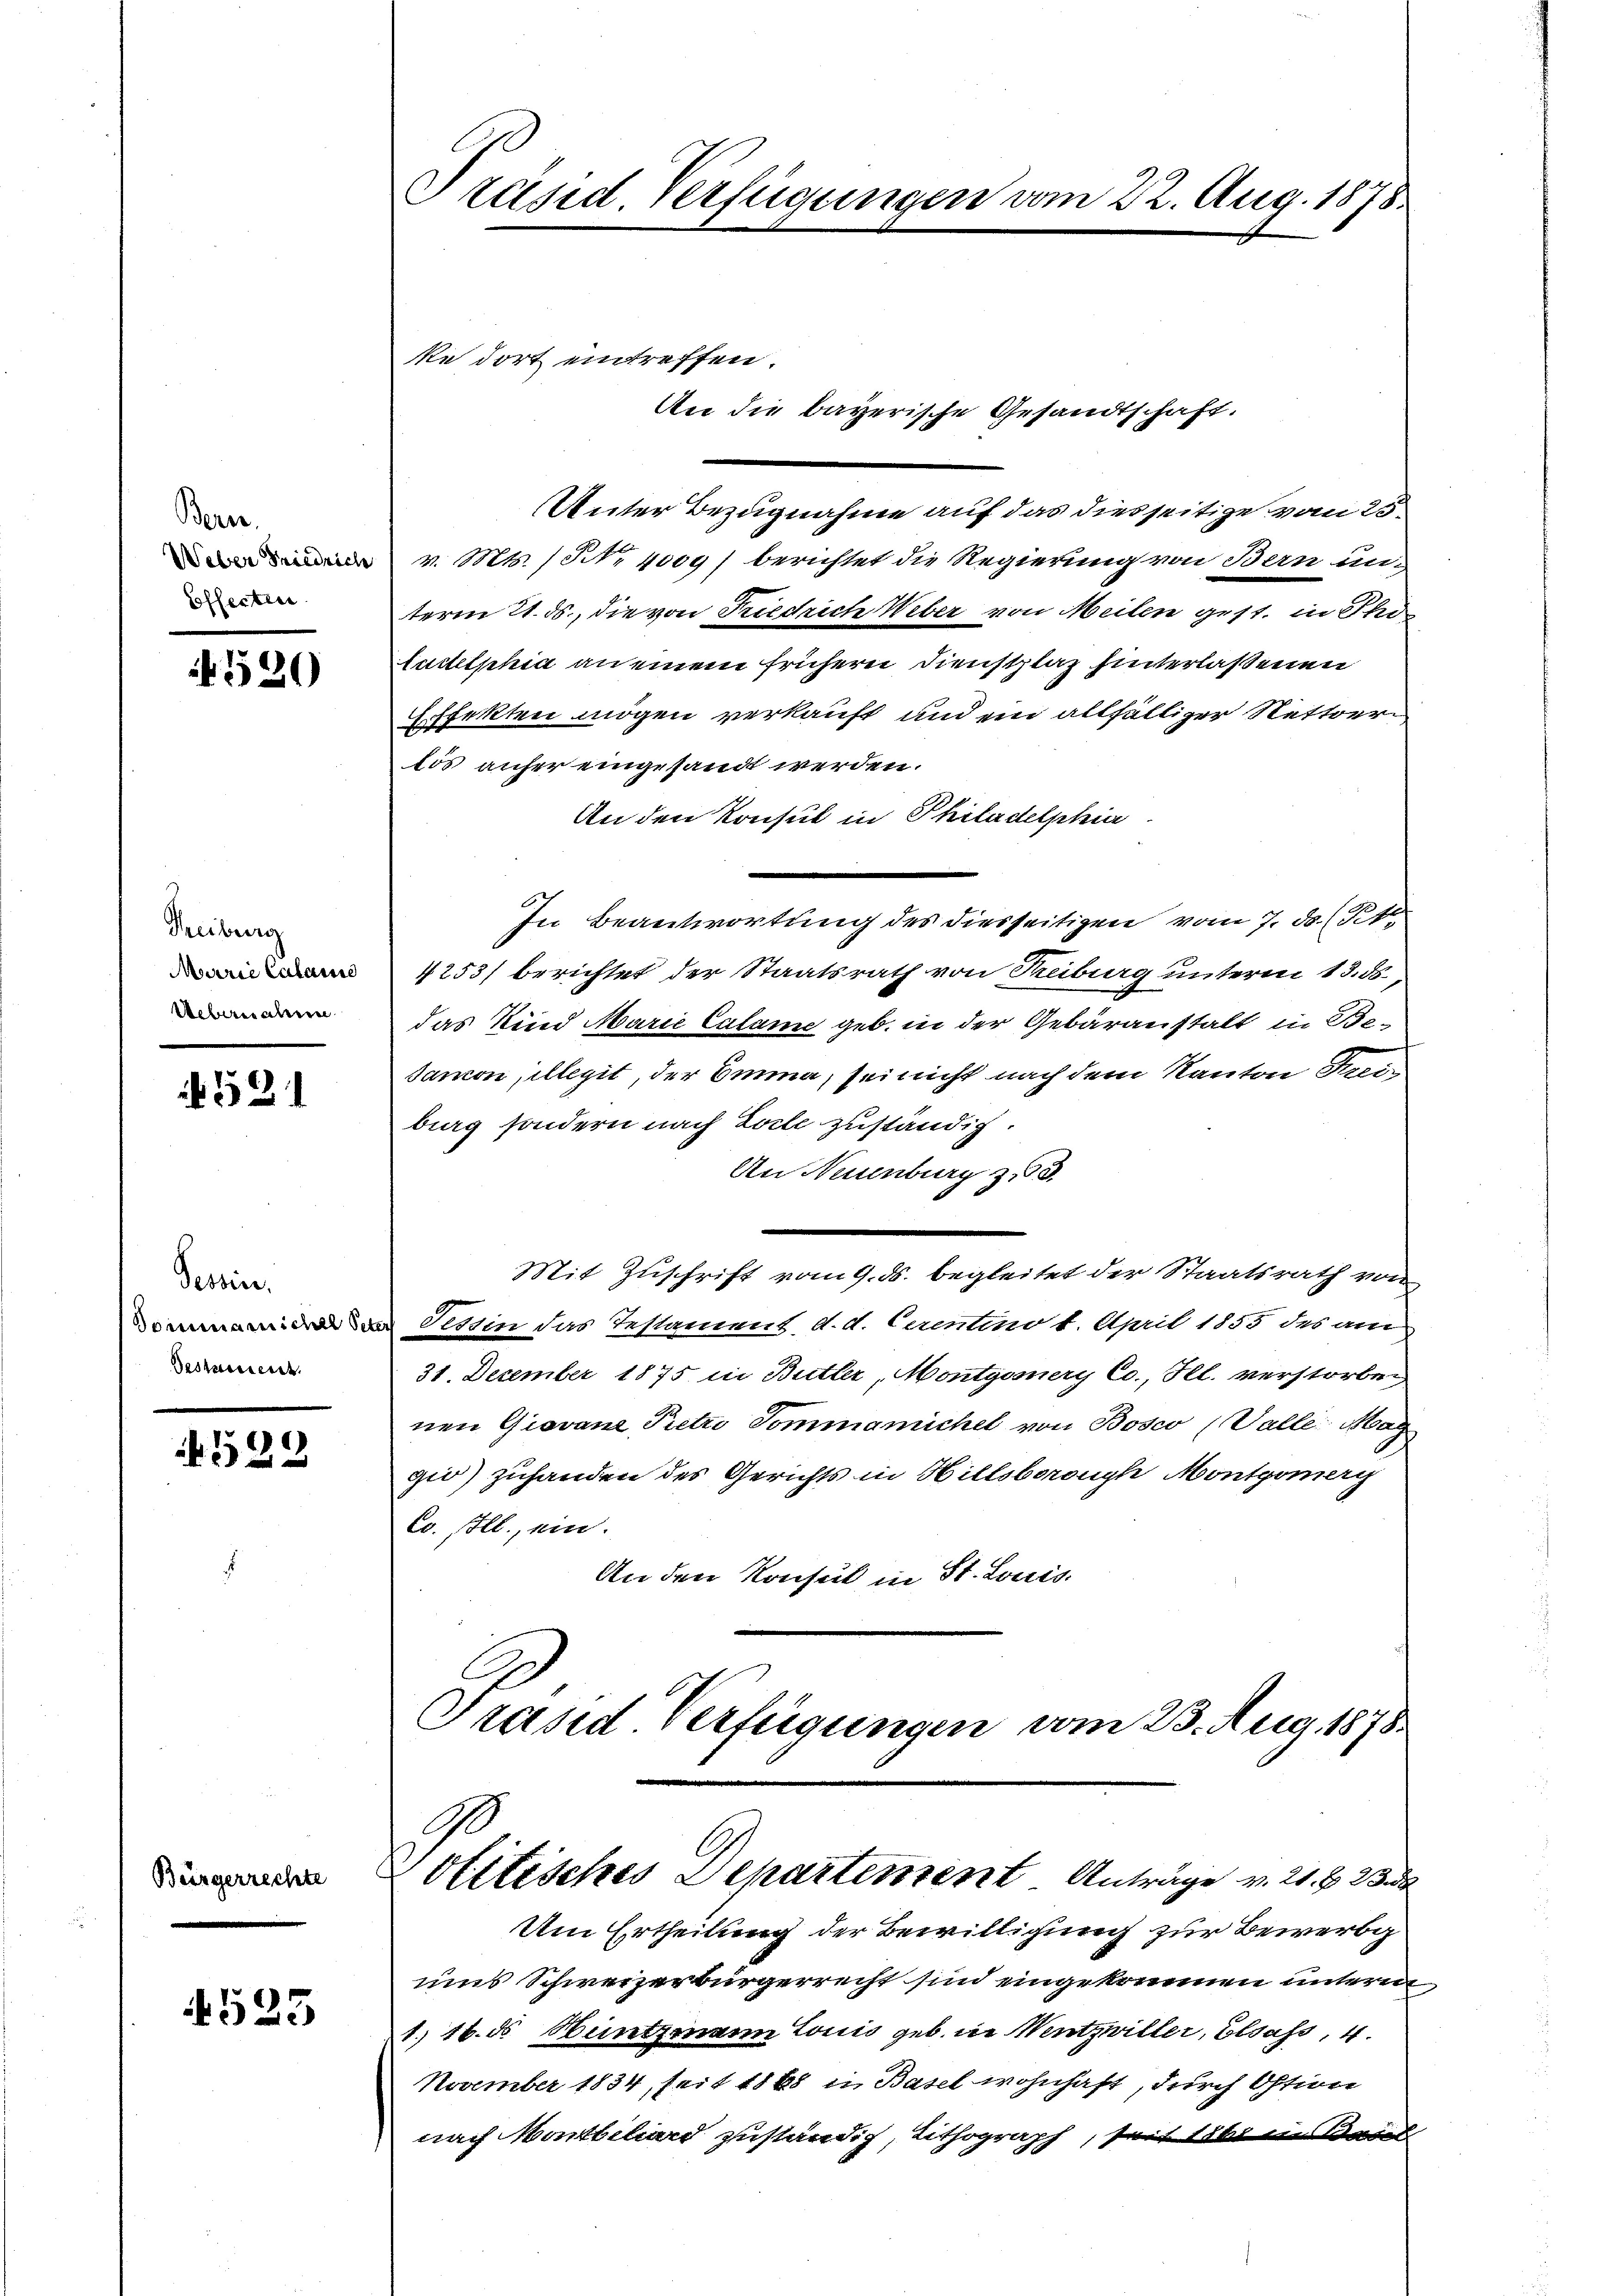
Bern.
Weber Friedrich
Effecten

f 520

Treiburg
Marrić Calans
Uebernahme

4521

Tessin.
Gestamende

4522

Bürgerrechte

4523

Präsid. Verfügungen vom 22. Aug. 1878.

ke dort eintreffen.

An die bayerische Gesandtschaft.

Unter Bezugnahme auf das diesseitige vom 25.
v. Mts. (N. 4000) berichtet die Regierung von Bern un-
term 21. ds., die von Friedrich Weber von Meilen gest. in Thor
Auttelphia an einem frühern Dienstplaz hinterlassenen
Effekten mögen verkauft und ein allfälliger Nettoerlös anher eingesandt werden.
An den Konsul in Philadelphia
In Beantwortung des diesseitigen vom 7. ds. (Pkt.
4253/ berichtet der Staatsrath von Treiburg unterm 13. ds.,
das Kind Marie Calame geb. in der Gebäranstalt in Be-
Jamon illegit, der Emma, sei nicht nach dem Kanton Krei-
berg sondern nach Zeile zuständig.
An Neuenburg z. 8.
Mit Zuschrift vom 9. ds. begleitet der Staatsrath von
 Tessin das Testament, d. d. Cerentino 1. April 1853 des am
31. December 1875 in Butter, Montgomery Co., Ill. verstorben,
nen Giovane Pietri Tommamichel von Bosco (Valle Mag
gie) zuhanden des Gerichts in Hillsborough Montgomerg
Co. soll, ein.
An den Konsul in St. Louis
Trasid Verfügungen vom 23. Aug. 1878.

olitisches Departement. Anträge v. 21. S. 23

Um Ertheilung der Bewilligung zur Bewerbg
ums Schweizerbürgerrecht sin eingekommen unterm
1. 16. ds Huntzmann Louis geb. in Wentzwiller, Elsass, 4.
November 1834, seit 1868 in Basel wohnhaft, durch Ostion
nach Martbiliard zuständig, Lithograph, seit 1861 in Baul